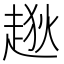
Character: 𧼃